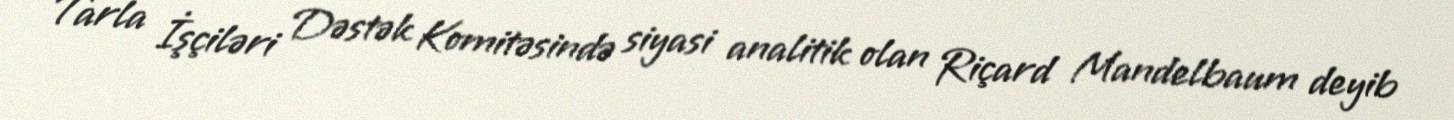
Tarla İşçiləri Dəstək Komitəsində siyasi analitik olan Riçard Mandelbaum deyib